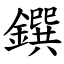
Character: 鐉